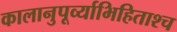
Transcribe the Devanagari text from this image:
कालानुपूर्व्याभिहिताश्च